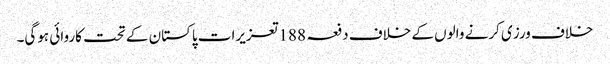
خلاف ورزی کرنے والوں کے خلاف دفعہ 188تعزیرات پاکستان کے تحت کاروائی ہوگی۔